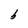
Character: b